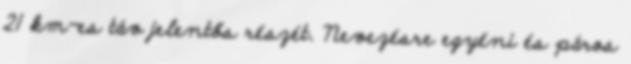
21 km-es táv jelentős részét. Nevezésre egyéni és páros